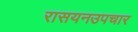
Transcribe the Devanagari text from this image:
रासयनउपचार